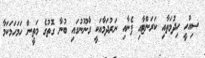
ސިއްހީ ހިދުމަތާއި ކަރަންޓާއި ފެނާއި ނަރުދަމާއަކީ ގާނޫނުގައި ބުނާ ގޮތުގެ މަތީން ހަމަހަމަކަމާ